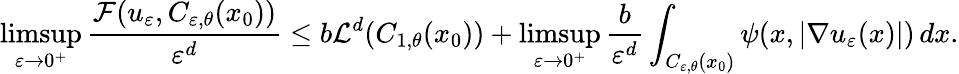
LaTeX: \operatorname*{limsup}_{\varepsilon\to 0^{+}}\frac{\mathcal{F}(u_{\varepsilon},C_{\varepsilon,\theta}(x_{0}))}{\varepsilon^{d}}\leq b\mathcal{L}^{d}(C_{1,\theta}(x_{0}))+\operatorname*{limsup}_{\varepsilon\to 0^{+}}\frac{b}{\varepsilon^{d}}\int_{C_{\varepsilon,\theta}(x_{0})}\psi(x,|\nabla u_{\varepsilon}(x)|)\, dx.